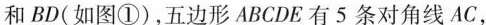
和BD(如图①)，五边形ABCDE有5条对角线AC，